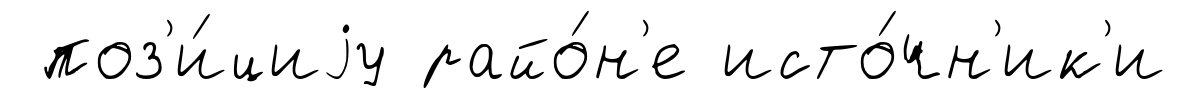
поз'и́циjу райо́н'е исто́чн'ик'и